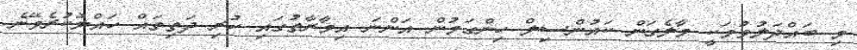
މި ބައްދަލުވުމަކީ މާލެގަން ކައުންސިލް ހިންގަމުން އަންނަ އިމާރާތުގައި ހުރި ދަތިތައް ހައްލުކުރެވޭނެ